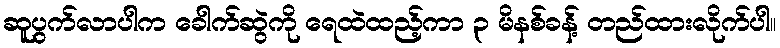
ဆူပွက်လာပါက ခေါက်ဆွဲကို ရေထဲထည့်ကာ ၃ မိနစ်ခန့် တည်ထားလိုက်ပါ။